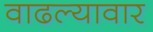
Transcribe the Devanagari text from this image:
वाढल्यावार